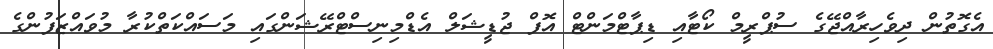
އެގޮތުން ދިވެހިރާއްޖޭގެ ސުޕްރީމް ކޯޓާއި ޑިޕާޓްމަންޓް އޮފް ޖުޑީޝަލް އެޑްމިނިސްޓްރޭޝަންގައި މަސައްކަތްކުރާ މުވައްޒަފުންގެ